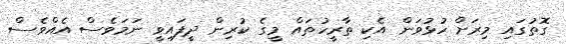
ގޮތުގައި މިރަށް ހުޅުވަން އެކި ތާރީހުތައް މީގެ ކުރިން ދީފައިވީ ނަމަވެސް އެއްވެސް